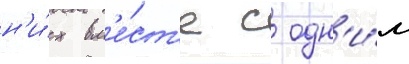
н'и́х вм'е́ст'е с одн'и́м